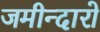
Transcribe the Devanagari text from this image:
जमीन्दारो